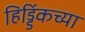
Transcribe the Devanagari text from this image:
हिड्डिंकच्या